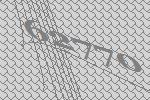
62770